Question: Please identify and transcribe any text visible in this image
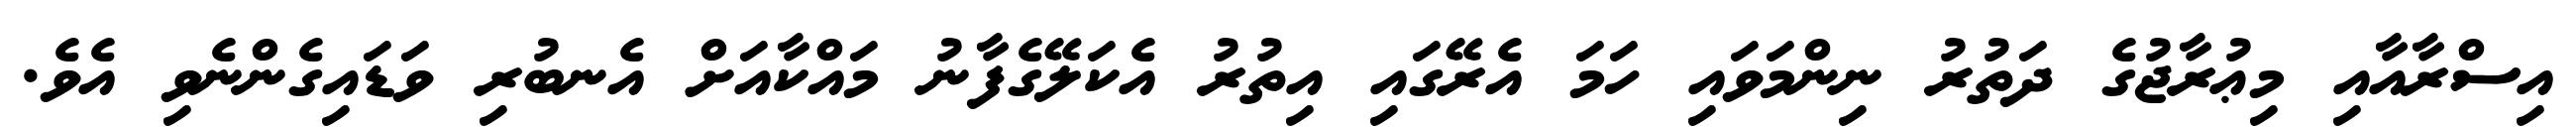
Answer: އިސްރާއާއި މިޢުރާޖުގެ ދަތުރު ނިންމަވައި ހަމަ އެރޭގައި އިތުރު އެކަލޭގެފާނު މައްކާއަށް އެނބުރި ވަޑައިގެންނެވި އެވެ.